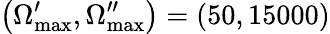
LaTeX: \left(\Omega_{\mathrm{max}}^{\prime},\Omega_{\mathrm{max}}^{\prime\prime}\right)=\left(50,15000\right)